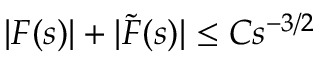
| F ( s ) | + | \tilde { F } ( s ) | \le C s ^ { - 3 / 2 }